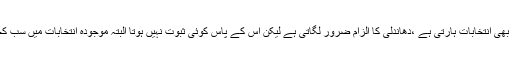
جو سیاسی جماعت بھی انتخابات ہارتی ہے ،دھاندلی کا الزام ضرور لگاتی ہے لیکن اُس کے پاس کوئی ثبوت نہیں ہوتا البتہ موجودہ انتخابات میں سب کچھ اظہرمِن الشمس۔